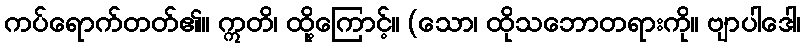
ကပ်ရောက်တတ်၏။ ဣတိ၊ ထို့ကြောင့်။ (သော၊ ထိုသဘောတရားကို။ ဗျာပါဒေါ၊